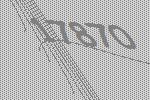
17870